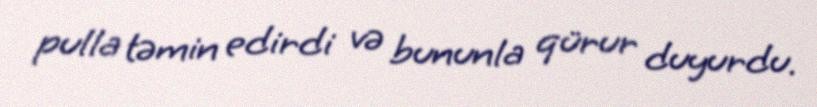
pulla təmin edirdi və bununla qürur duyurdu.